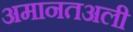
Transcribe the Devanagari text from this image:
अमानतअली